Vaccination in Bombay 1856-1862 - 1856-1862
Year: 1856
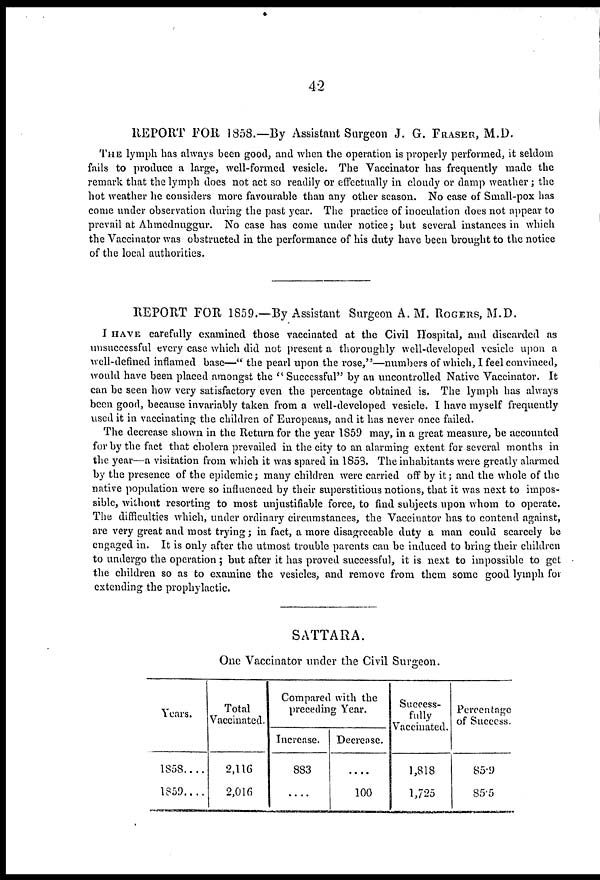
42
REPORT FOR 1858.—By Assistant Surgeon J. G. FRASER, M.D.
THE lymph has always been good, and when the operation is properly performed, it seldom
fails to produce a large, well-formed vesicle. The Vaccinator has frequently made the
remark that the lymph does not act so readily or effectually in cloudy or damp weather; the
hot weather he considers more favourable than any other season. No case of Small-pox has
come under observation during the past year. The practice of inoculation does not appear to
prevail at Ahmednuggur. No case has come under notice; but several instances in which
the Vaccinator was obstructed in the performance of his duty have been brought to the notice
of the local authorities.
REPORT FOR 1859.—By Assistant Surgeon A. M. ROGERS, M.D.
I HAVE carefully examined those vaccinated at the Civil Hospital, and discarded as
unsuccessful every case which did not present a thoroughly well-developed vesicle upon a
well-defined inflamed base—" the pearl upon the rose,"—numbers of which, I feel convinced,
would have been placed amongst the " Successful" by an uncontrolled Native Vaccinator. It
can be seen how very satisfactory even the percentage obtained is. The lymph has always
been good, because invariably taken from a well-developed vesicle. I have myself frequently
used it in vaccinating the children of Europeans, and it has never once failed.
The decrease shown in the Return for the year 1859 may, in a great measure, be accounted
for by the fact that cholera prevailed in the city to an alarming extent for several months in
the year—a visitation from which it was spared in 1853. The inhabitants were greatly alarmed
by the presence of the epidemic; many children were carried off by it; and the whole of the
native population were so influenced by their superstitious notions, that it was next to impos-
sible, without resorting to most unjustifiable force, to find subjects upon whom to operate.
The difficulties which, under ordinary circumstances, the Vaccinator has to contend against,
are very great and most trying; in fact, a more disagreeable duty a man could scarcely be
engaged in. It is only after the utmost trouble parents can be induced to bring their children
to undergo the operation ; but after it has proved successful, it is next to impossible to get
the children so as to examine the vesicles, and remove from them some good lymph for
extending the prophylactic.
SATTARA.
One Vaccinator under the Civil Surgeon.
Years.
1858....
1859....
Total
Vaccinated.
2,116
2,016
Compared with the
preceding Year.
Increase.
883
....
Decrease.
....
100
Success-
fully
Vaccinated.
1,818
1,725
Percentage
of Success.
85.9
85.5